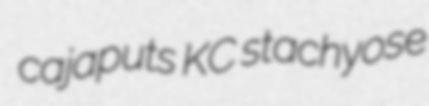
cajaputs KC stachyose